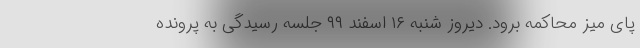
پای میز محاکمه برود. دیروز شنبه ۱۶ اسفند ۹۹ جلسه رسیدگی به پرونده